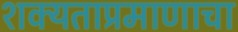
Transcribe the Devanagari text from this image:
शक्यताप्रमाणाचा